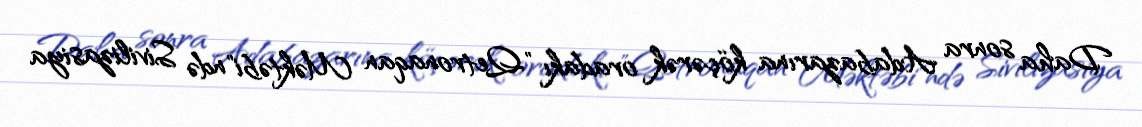
Daha sonra Adabazarına köçərək oradakı "Qetronaqan Məktəbi"ndə Sivilizasiya